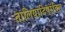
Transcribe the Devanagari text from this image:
तालियादिपरंबिल